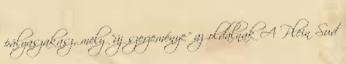
pályaszakasz, mely "új szerzeménye" az oldalnak A Plein Sud